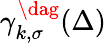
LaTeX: \gamma_{k,\sigma}^{\dag}(\Delta)